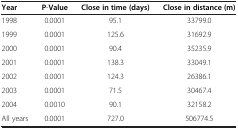
<table><thead><tr><td><b>Year</b></td><td><b>P-Value</b></td><td><b>Close in time (days)</b></td><td><b>Close in distance (m)</b></td></tr></thead><tbody><tr><td>1998</td><td>0.0001</td><td>95.1</td><td>33799.0</td></tr><tr><td>1999</td><td>0.0001</td><td>125.6</td><td>31692.9</td></tr><tr><td>2000</td><td>0.0001</td><td>90.4</td><td>35235.9</td></tr><tr><td>2001</td><td>0.0001</td><td>138.3</td><td>33049.1</td></tr><tr><td>2002</td><td>0.0001</td><td>124.3</td><td>26386.1</td></tr><tr><td>2003</td><td>0.0001</td><td>71.5</td><td>30467.4</td></tr><tr><td>2004</td><td>0.0010</td><td>90.1</td><td>32158.2</td></tr><tr><td>All years</td><td>0.0001</td><td>727.0</td><td>506774.5</td></tr></tbody></table>